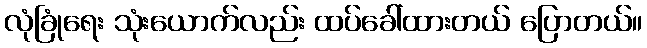
လုံခြုံရေး သုံးယောက်လည်း ထပ်ခေါ်ထားတယ် ပြောတယ်။